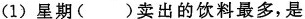
(1)星期()卖出的饮料最多，是